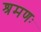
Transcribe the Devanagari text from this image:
श्रमणः